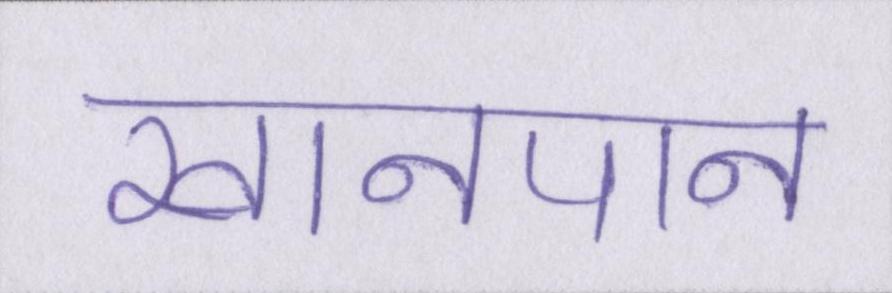
खानपान